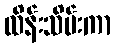
ထိန်းသိမ်းကာ